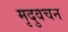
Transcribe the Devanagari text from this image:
मृदुवचन